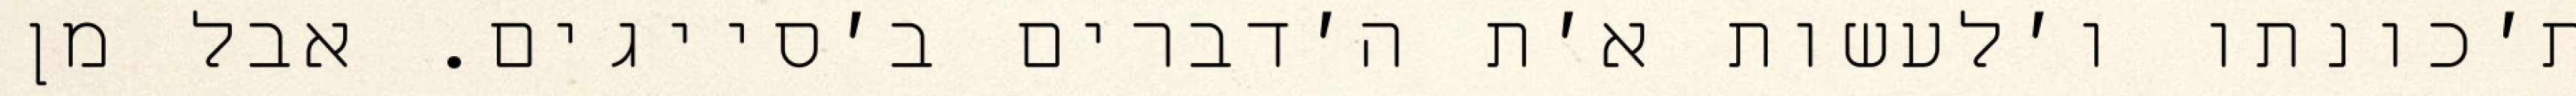
ת׳כונתו ו׳לעשות א׳ת ה׳דברים ב׳סייגים. אבל מן